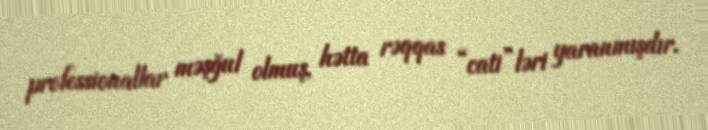
professionallar məşğul olmuş, hətta rəqqas “cati”ləri yaranmışdır.